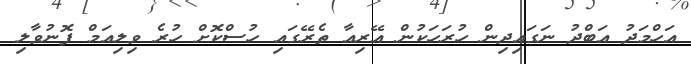
އަހްމަދު އަބްދު ނަގައިދިން ހުރަހަކުން އޭރިއާ ތެރޭގައި ހުސްކޮށް ހުރެ ވިލިއަމް ފޮނުވާލި